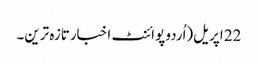
22 اپریل(اُردو پوائنٹ اخبارتازہ ترین۔